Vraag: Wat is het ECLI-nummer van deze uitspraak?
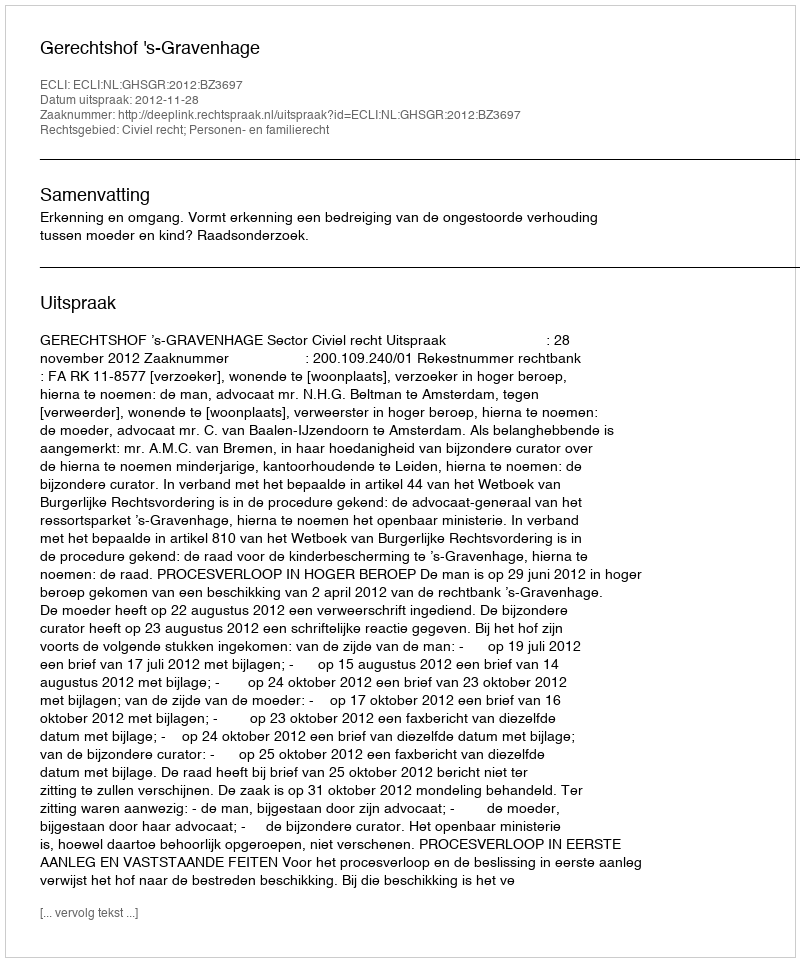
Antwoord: ECLI:NL:GHSGR:2012:BZ3697